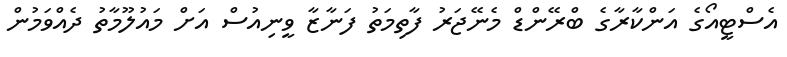
އެސްޓީއޯގެ އަންކާރާގެ ބްރޭންޑް މެނޭޖަރު ފާތިމަތު ފަނާޒާ ވީނިއުސް އަށް މައުލޫމާތު ދެއްވަމުން